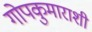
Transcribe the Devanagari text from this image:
गोपकुमाराशी